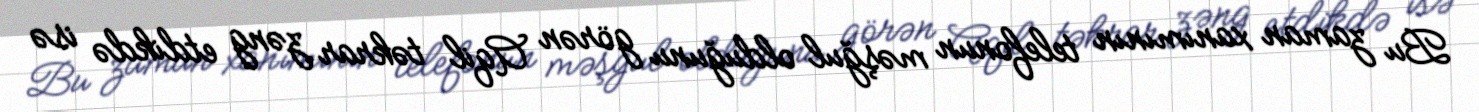
Bu zaman xanımının telefonun məşğul olduğunu görən Aqil təkrar zəng etdikdə isə